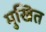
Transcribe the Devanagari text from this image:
मुखित